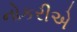
નોકરીએ